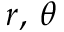
r , \, \theta